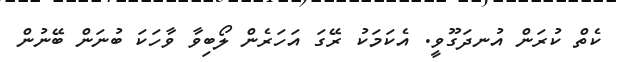
ކެތް ކުރަން އުނދަގޫވީ. އެކަމަކު ރޭގަ އަހަރެން ލޯބިވާ ވާހަކަ ބުނަން ބޭނުން